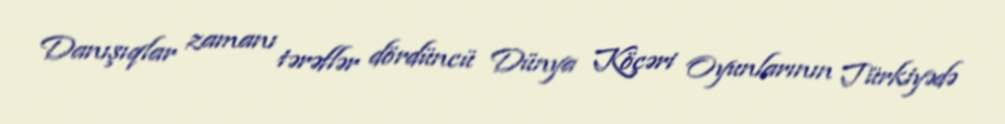
Danışıqlar zamanı tərəflər dördüncü Dünya Köçəri Oyunlarının Türkiyədə